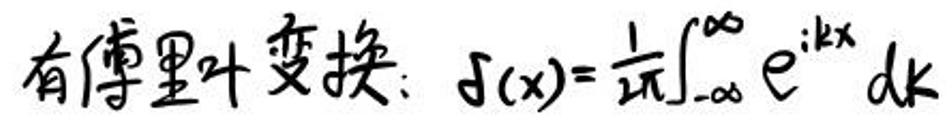
有傅里叶变换：\(\delta(x)=\frac{1}{2\pi}\int_{-\infty}^{\infty}e^{ikx}dk\)